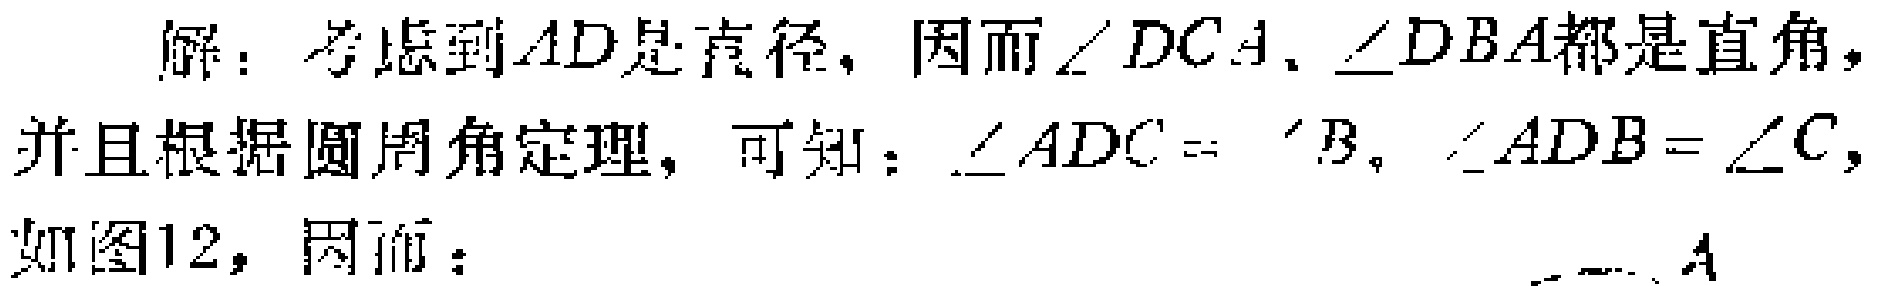
解：考虑到\(AD\)是直径，因而\(\angle DCA\)、\(\angle DBA\)都是直角，并且根据圆周角定理，可知：\(\angle ADC = \angle B\)，\(\angle ADB=\angle C\)，如图12，因而：